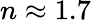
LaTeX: n\approx 1.7